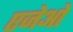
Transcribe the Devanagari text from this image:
एजेओ